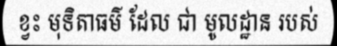
ខ្វះ មុទិតាធម៌ ដែល ជា មូលដ្ឋាន របស់